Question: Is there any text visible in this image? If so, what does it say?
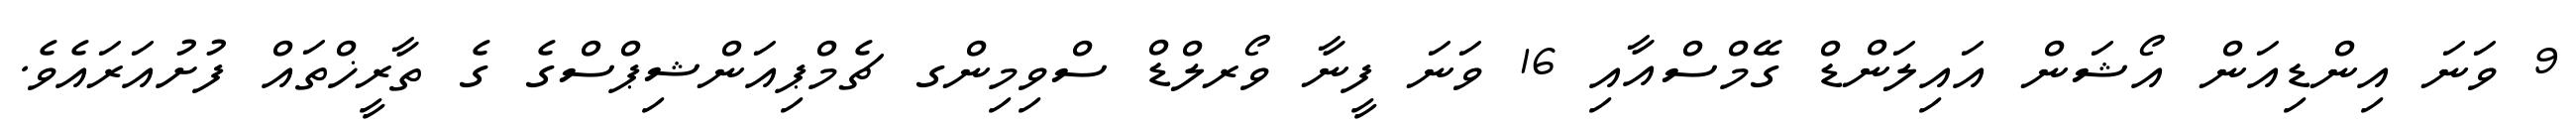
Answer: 9 ވަނަ އިންޑިއަން އޯޝަން އައިލަންޑް ގޭމްސްއާއި 16 ވަނަ ފީނާ ވޯރލްޑް ސްވިމިންގ ޗެމްޕިއަންޝިޕްސްގެ ގެ ތާރީޚްތައް ފުށުއަރައެވެ.